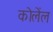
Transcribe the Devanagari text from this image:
कोलेंल